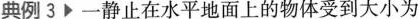
典例3 一静止在水平地面上的物体受到大小为